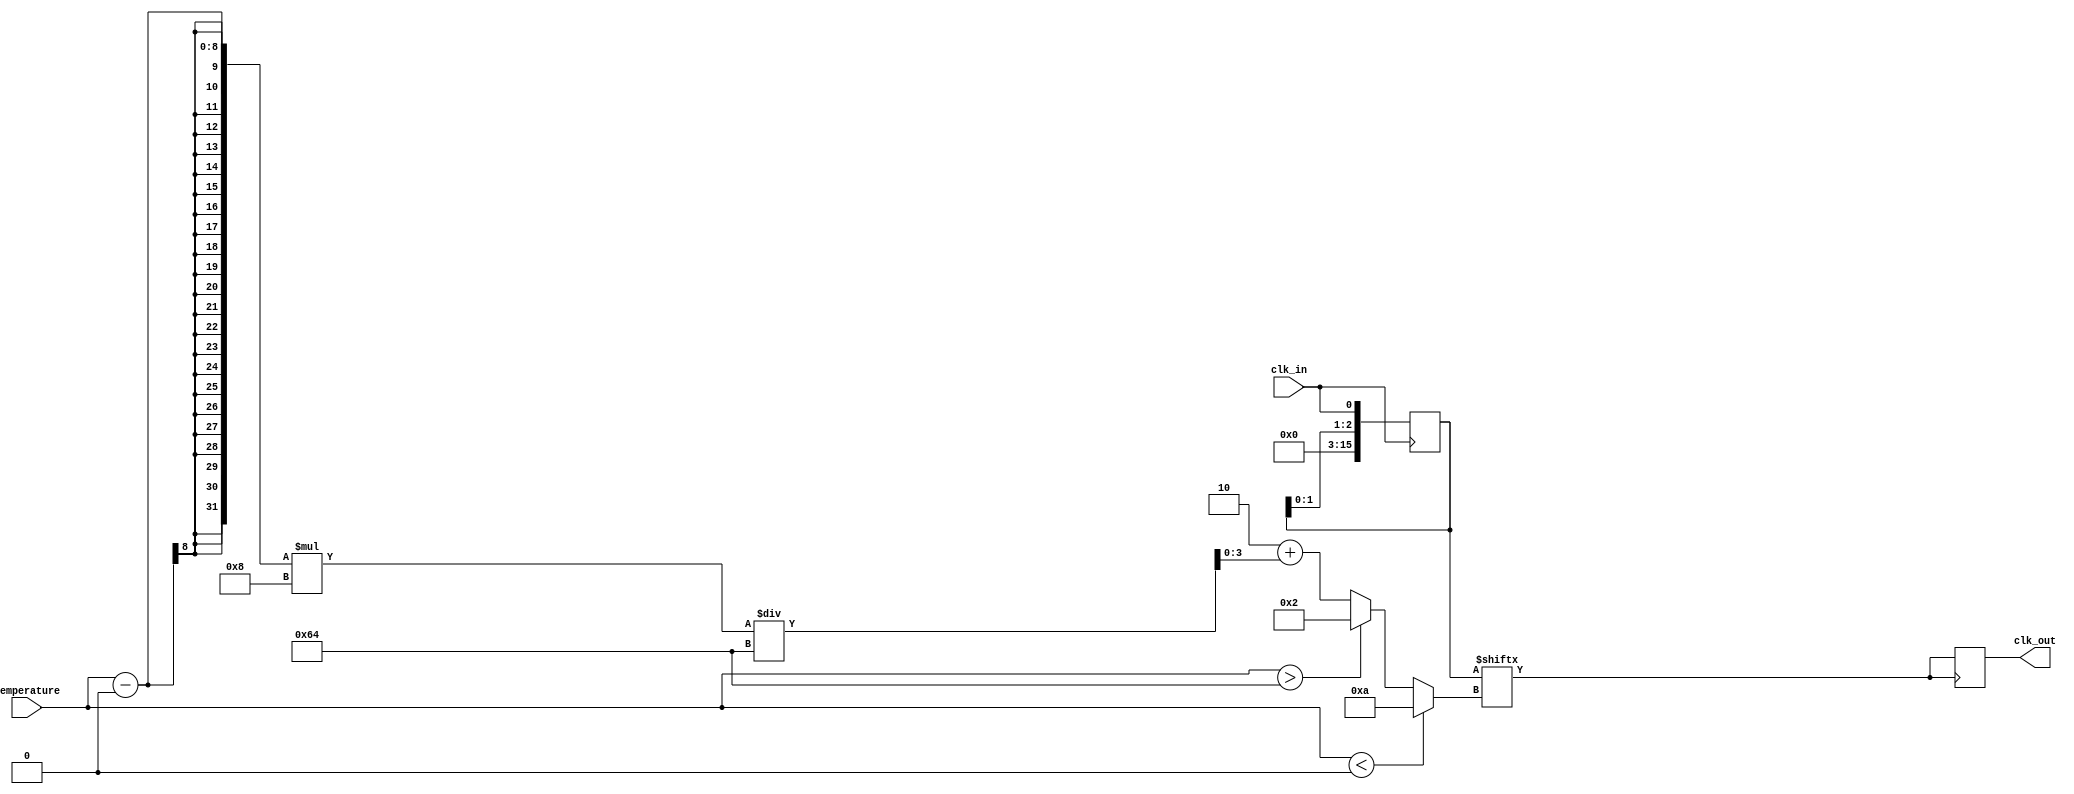
module TempCompClockBuffer (
    input wire clk_in,              // Input clock signal
    input wire [7:0] temperature,   // Temperature input (e.g., from a sensor)
    output reg clk_out              // Buffered clock output
);

    // Parameters
    parameter DELAY_MIN = 2;      // Minimum delay in clock cycles
    parameter DELAY_MAX = 10;     // Maximum delay in clock cycles
    parameter TEMP_MIN = 0;        // Minimum temperature
    parameter TEMP_MAX = 100;      // Maximum temperature

    reg [3:0] delay_setting;       // Delay setting based on temperature

    // Delay line (simple model)
    reg [15:0] clk_delayed;         // Shift register for clock delay

    // Control Logic
    always @(*) begin
        if (temperature < TEMP_MIN) begin
            delay_setting = DELAY_MAX; // Max delay for low temp
        end else if (temperature > TEMP_MAX) begin
            delay_setting = DELAY_MIN; // Min delay for high temp
        end else begin
            // Linear interpolation for delay setting based on temperature
            delay_setting = DELAY_MIN + 
                            ((temperature - TEMP_MIN) * (DELAY_MAX - DELAY_MIN)) / 
                            (TEMP_MAX - TEMP_MIN);
        end
    end

    // Clock buffering with variable delay
    always @(posedge clk_in) begin
        clk_delayed <= {clk_delayed[delay_setting-1:0], clk_in}; // Shift in clock
    end

    // Output the last delayed clock value
    always @(posedge clk_delayed[delay_setting]) begin
        clk_out <= clk_delayed[delay_setting];
    end

endmodule